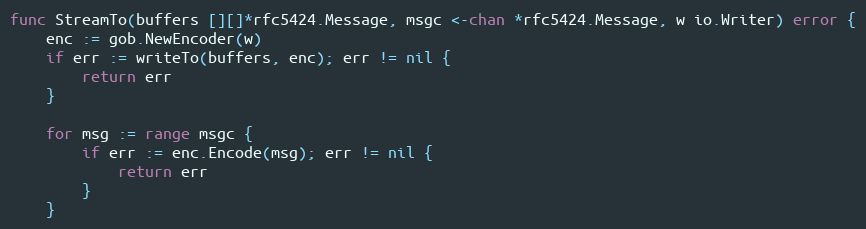
Language: Go
func StreamTo(buffers [][]*rfc5424.Message, msgc <-chan *rfc5424.Message, w io.Writer) error {
	enc := gob.NewEncoder(w)
	if err := writeTo(buffers, enc); err != nil {
		return err
	}

	for msg := range msgc {
		if err := enc.Encode(msg); err != nil {
			return err
		}
	}